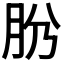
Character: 𦙕